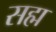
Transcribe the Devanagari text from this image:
सह्म